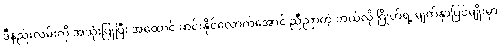
ဒီနည်းလမ်းကို အသုံးပြုပြီး အထောင် ဆင်းနိုင်လောက်အောင် ညီညာတဲ့ ဘယ်လို ဂြိုဟ်ရဲ့ မျက်နှာပြင်မျိုးမှာ